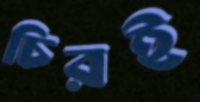
চিরই